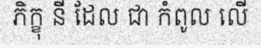
ភិក្ខុ នី ដែល ជា កំពូល លើ